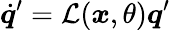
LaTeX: \dot{\boldsymbol{q}}^{\prime}=\mathcal{L}(\boldsymbol{x},\theta)\boldsymbol{q}^{\prime}